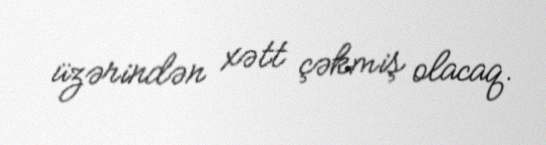
üzərindən xətt çəkmiş olacaq.